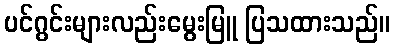
ပင်ဂွင်းများလည်းမွေးမြူ ပြသထားသည်။